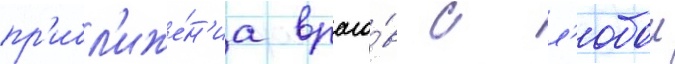
пр'ибл'иже́н'иа враго́в с л'юбои